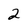
Character: 2